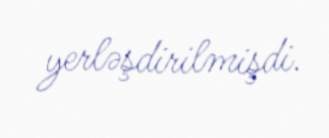
yerləşdirilmişdi.